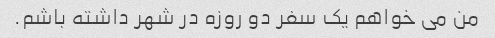
من می خواهم یک سفر دو روزه در شهر داشته باشم.